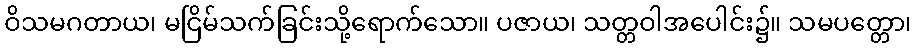
ဝိသမဂတာယ၊ မငြိမ်သက်ခြင်းသို့ရောက်သော။ ပဇာယ၊ သတ္တဝါအပေါင်း၌။ သမပတ္တော၊